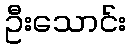
ဦးသောင်း